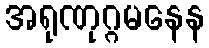
အရုဏုဂ္ဂမနေန